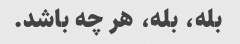
بله، بله، هر چه باشد.